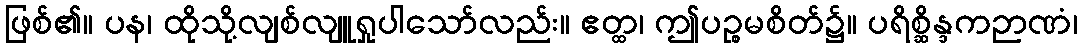
ဖြစ်၏။ ပန၊ ထိုသို့လျစ်လျူရှုပါသော်လည်း။ ဧတ္ထ၊ ဤပဉ္စမစိတ်၌။ ပရိစ္ဆိန္ဒကဉာဏံ၊